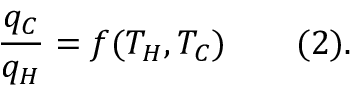
{ \frac { q _ { C } } { q _ { H } } } = f ( T _ { H } , T _ { C } ) \qquad ( 2 ) .